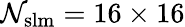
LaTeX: \mathcal{N}_{\mathrm{{{slm}}}}=16\times16